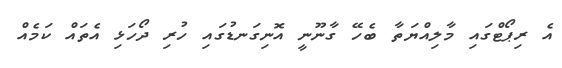
އެ ރިޕޯޓްގައި މާލިއްޔަތާ ބެހޭ ގާނޫނީ އޮނިގަނޑުގައި ހުރި ދޯހަޅި އެތައް ކަމެއް